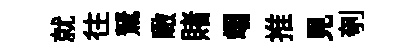
就往駑瞰賭翊推見刳